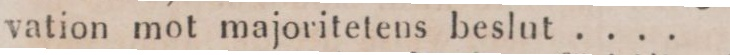
vation mot majoritetens beslut ....